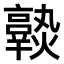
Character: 𤒆